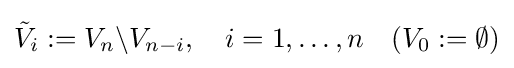
{\tilde {V}}_{i}:=V_{n}\backslash V_{n-i},\quad i=1,\dots ,n\quad (V_{0}:=\emptyset )